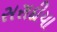
સરાદીયા